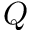
Q